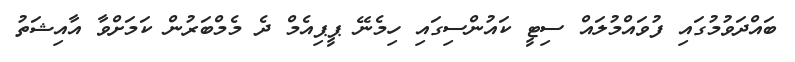
ބައްދަވުމުގައި ފުވައްމުލައް ސިޓީ ކައުންސިގައި ހިމެނޭ ޕީޕިއެމް ދެ މެމްބަރުން ކަމަށްވާ އާއިޝަތު